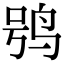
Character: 鸮